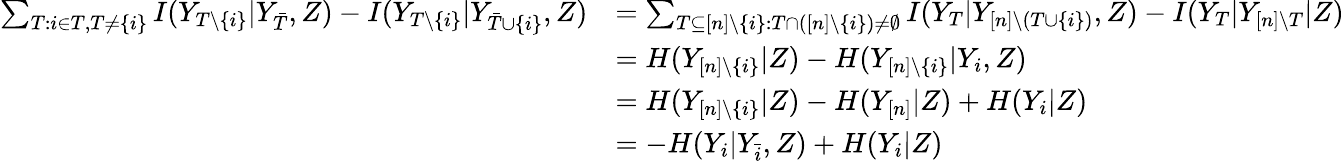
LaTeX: \begin{array}{rl}{\sum_{T:i\in T,T\neq\{ i\} }I(Y_{T\setminus\{ i\} }|Y_{\bar{T}},Z)-I(Y_{T\setminus\{ i\} }|Y_{\bar{T}\cup\{ i\} },Z)}&{=\sum_{T\subseteq[n]\setminus\{ i\} :T\cap([n]\setminus\{ i\} )\neq\emptyset}I(Y_{T}|Y_{[n]\setminus(T\cup\{ i\} )},Z)-I(Y_{T}|Y_{[n]\setminus T}|Z)}\\ &{=H(Y_{[n]\setminus\{ i\} }|Z)-H(Y_{[n]\setminus\{ i\} }|Y_{i},Z)}\\ &{=H(Y_{[n]\setminus\{ i\} }|Z)-H(Y_{[n]}|Z)+H(Y_{i}|Z)}\\ &{=-H(Y_{i}|Y_{\bar{i}},Z)+H(Y_{i}|Z)}\end{array}